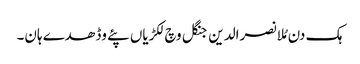
ہک دن مُلا نصرالدین جنگل وچ لکڑیاں پئے وڈھدے ہان۔